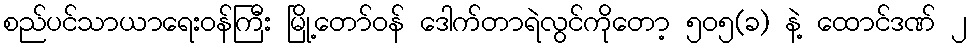
စည်ပင်သာယာရေးဝန်ကြီး မြို့တော်ဝန် ဒေါက်တာရဲလွင်ကိုတော့ ၅၀၅(ခ) နဲ့ ထောင်ဒဏ် ၂